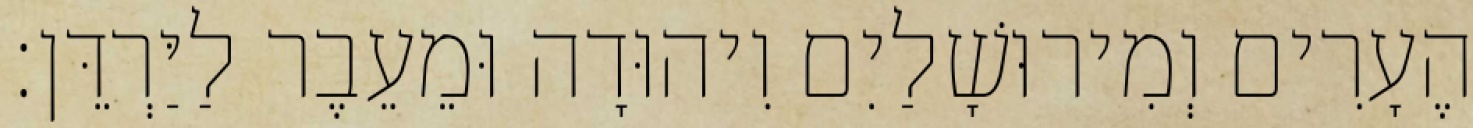
הֶעָרִים וְמִירוּשָׁלַיִם וִיהוּדָה וּמֵעֵבֶר לַיַּרְדֵּן׃